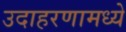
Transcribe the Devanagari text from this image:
उदाहरणामध्ये